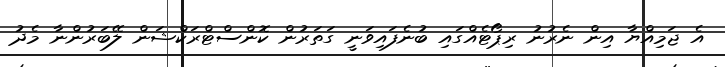
އެ ޖަމިއްޔާ އިން ނެރުނު ރިޕޯޓެއްގައި ބުނެފައިވަނީ ގަތަރުން ކޮންސްޓްރަކްޝަން ލޭބަރުންނާ މެދު